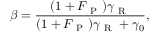
\beta = \frac { ( 1 + F _ { \mathrm { ~ P ~ } } ) \gamma _ { \mathrm { ~ R ~ } } } { ( 1 + F _ { \mathrm { ~ P ~ } } ) \gamma _ { \mathrm { ~ R ~ } } + \gamma _ { 0 } } ,